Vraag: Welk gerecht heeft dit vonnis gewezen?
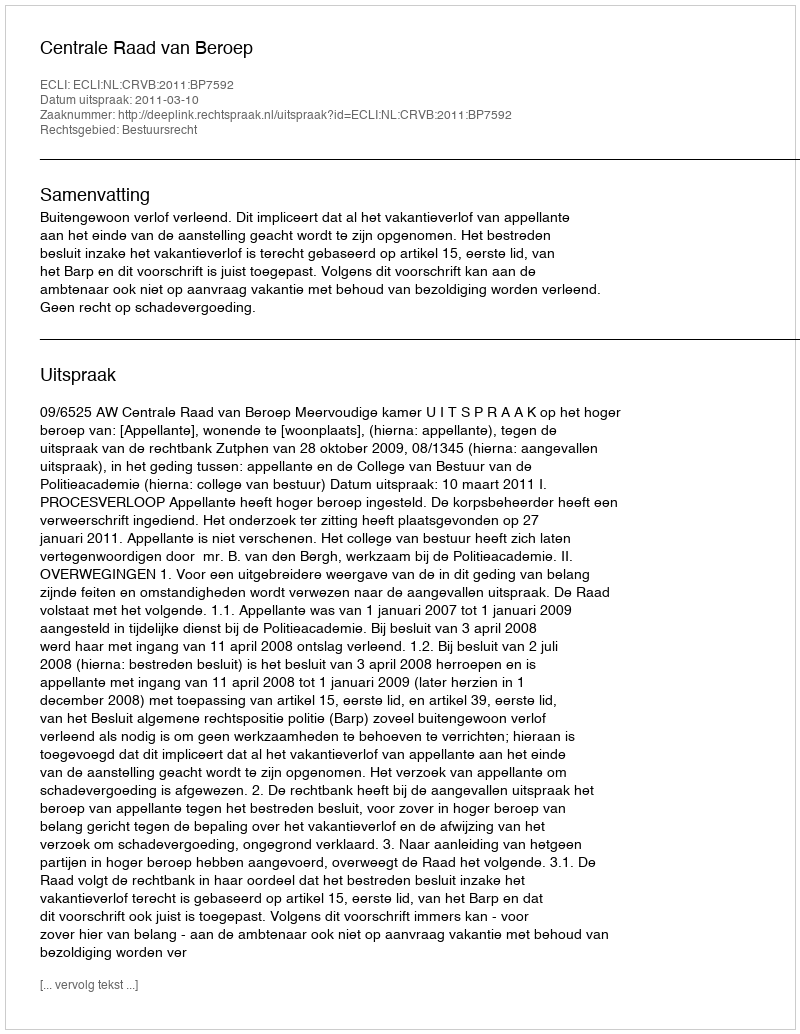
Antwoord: Centrale Raad van Beroep